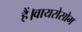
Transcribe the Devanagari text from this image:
हैं।वायरोसोम